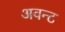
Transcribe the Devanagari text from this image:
अवन्ट